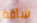
شاقة